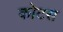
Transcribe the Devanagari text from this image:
कोटस